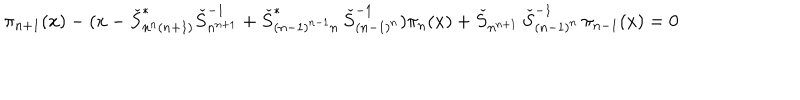
LaTeX: \pi _ { n + 1 } ( x ) - ( x - \check { S } _ { n ^ { n } ( n + 1 ) } ^ { * } \check { S } _ { n ^ { n + 1 } } ^ { - 1 } + \check { S } _ { ( n - 1 ) ^ { n - 1 } n } ^ { * } \, \check { S } _ { ( n - 1 ) ^ { n } } ^ { - 1 } ) \pi _ { n } ( x ) + \check { S } _ { n ^ { n + 1 } } \, \check { S } _ { ( n - 1 ) ^ { n } } ^ { - 1 } \, \pi _ { n - 1 } ( x ) = 0